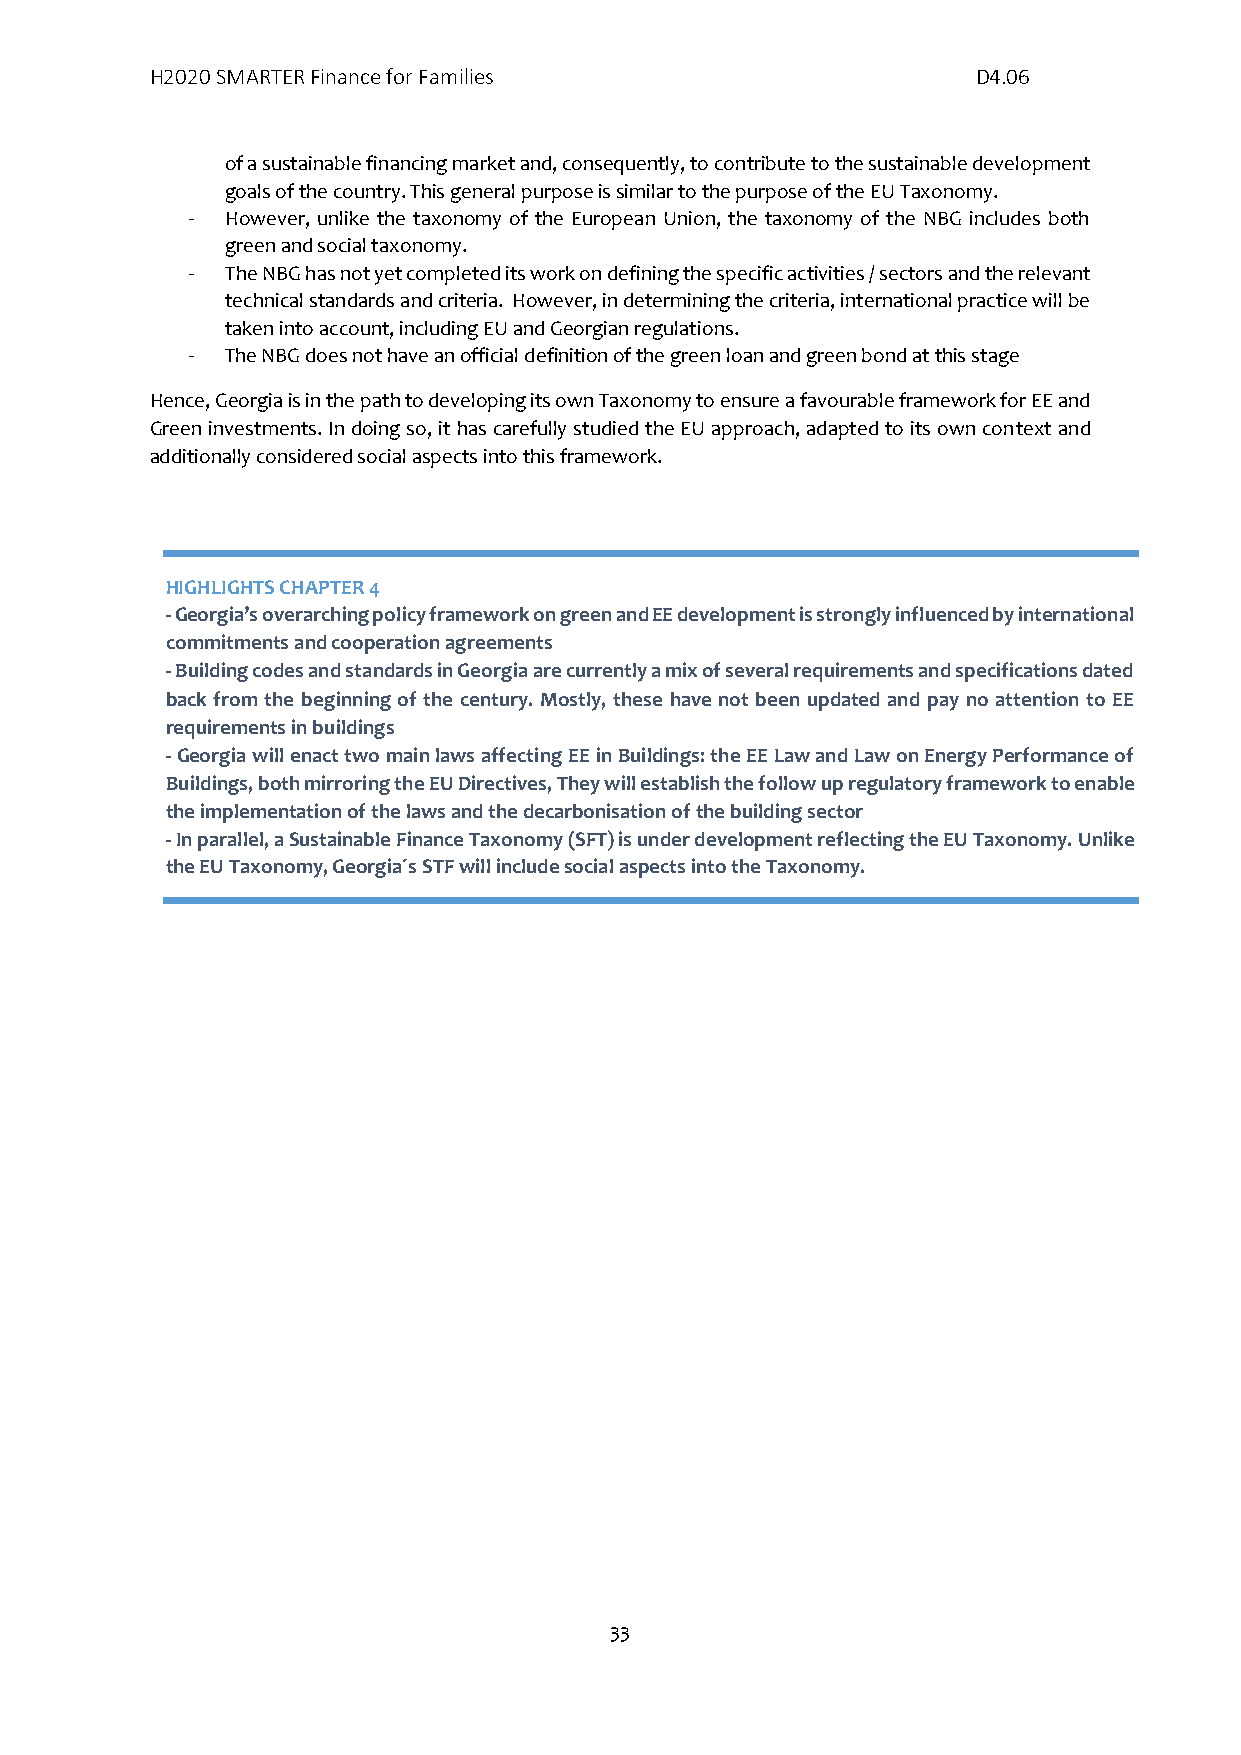
H2020 SMARTER Finance for Families                     D4.06
 of a sustainable financing market and, consequently, to contribute to the sustainable development
 goals of the country. This general purpose is similar to the purpose of the EU Taxonomy.
 -  However, unlike the taxonomy of the European Union, the taxonomy of the NBG includes both
 green and social taxonomy.
 -  The NBG has not yet completed its work on defining the specific activities / sectors and the relevant
 technical standards and criteria. However, in determining the criteria, international practice will be
 taken into account, including EU and Georgian regulations.
 -  The NBG does not have an official definition of the green loan and green bond at this stage
 Hence, Georgia is in the path to developing its own Taxonomy to ensure a favourable framework for EE and
 Green investments. In doing so, it has carefully studied the EU approach, adapted to its own context and
 additionally considered social aspects into this framework.
 HIGHLIGHTS CHAPTER 4
 - Georgia’s overarching policy framework on green and EE development is strongly influenced by international
 commitments and cooperation agreements
 - Building codes and standards in Georgia are currently a mix of several requirements and specifications dated
 back from the beginning of the century. Mostly, these have not been updated and pay no attention to EE
 requirements in buildings
 - Georgia will enact two main laws affecting EE in Buildings: the EE Law and Law on Energy Performance of
 Buildings, both mirroring the EU Directives, They will establish the follow up regulatory framework to enable
 the implementation of the laws and the decarbonisation of the building sector
 - In parallel, a Sustainable Finance Taxonomy (SFT) is under development reflecting the EU Taxonomy. Unlike
 the EU Taxonomy, Georgia´s STF will include social aspects into the Taxonomy.
 33